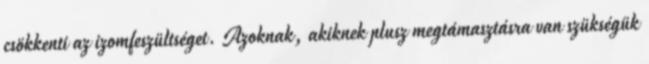
csökkenti az izomfeszültséget. Azoknak, akiknek plusz megtámasztásra van szükségük